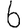
Digit: 6